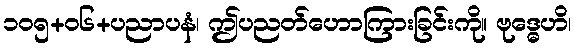
၁၀၅+၀၆+ပညာပနံ၊ ဤပညတ်ဟောကြားခြင်းကို။ ဗုဒ္ဓေဟိ၊